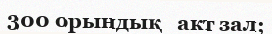
300 орындық   акт зал;